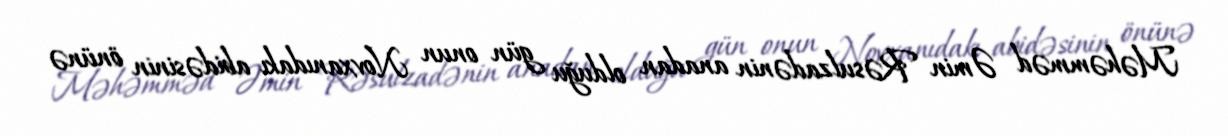
Məhəmməd Əmin Rəsulzadənin anadan olduğu gün onun Novxanıdakı abidəsinin önünə